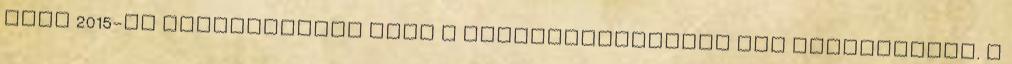
hogy 2015-re tanuszodákat épít a kistelepüléseken élő gyerekeknek. A